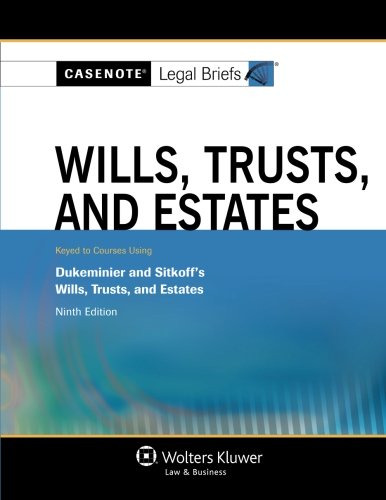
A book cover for Casenote Legal Briefs: Wills Trusts & Estates, Keyed to Dukeminier & Sitkoff, Ninth Edition; Law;